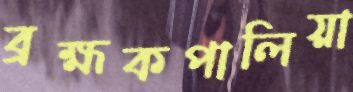
ব্রহ্মকপালিয়া